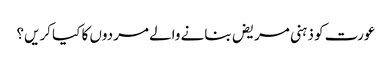
عورت کو ذہنی مریض بنانے والے مردوں کا کیا کریں؟